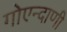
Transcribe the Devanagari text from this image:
गोएन्दाणी